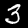
Digit: 3